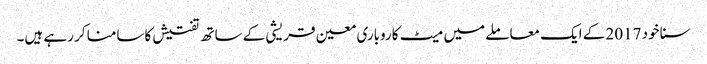
سنا خود 2017 کے ایک معاملے میں میٹ کاروباری معین قریشی کے ساتھ تفتیش کاسامنا کر رہے ہیں۔